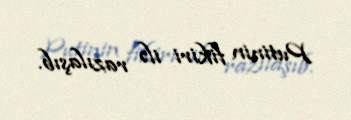
Putinin fikiri ilə razılaşıb.